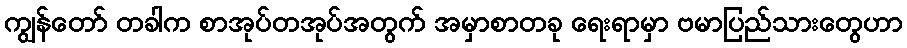
ကျွန်တော် တခါက စာအုပ်တအုပ်အတွက် အမှာစာတခု ရေးရာမှာ ဗမာပြည်သားတွေဟာ